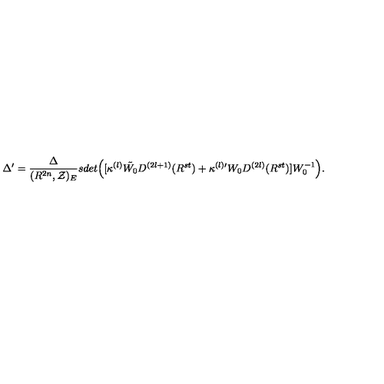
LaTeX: \Delta ^ { \prime } = \frac { \Delta } { ( R ^ { 2 n } , { \cal Z } ) _ { E } } s d e t \Bigl ( [ \kappa ^ { ( l ) } \tilde { W _ { 0 } } D ^ { ( 2 l + 1 ) } ( R ^ { s t } ) + \kappa ^ { ( l ) \prime } W _ { 0 } D ^ { ( 2 l ) } ( R ^ { s t } ) ] W _ { 0 } ^ { - 1 } \Bigr ) .